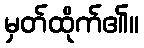
မှတ်ထိုက်၏။